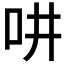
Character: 𠯤